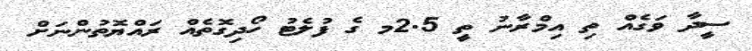
ސީދާ ވަގެއް ތި އިމްރާނު ތީ 2.5މ ގެ ފުލެޓު ހޯދިގޮތެއް ރައްޔޮތުންނަށް